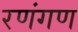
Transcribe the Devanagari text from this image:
रणंगण